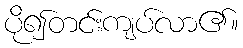
ပို၍တင်းကျပ်လာ၏။